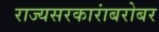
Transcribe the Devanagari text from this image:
राज्यसरकारांबरोबर